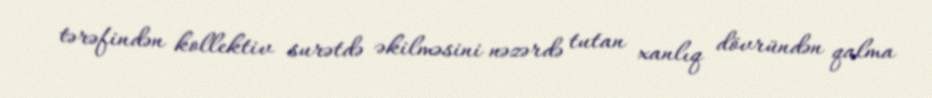
tərəfindən kollektiv surətdə əkilməsini nəzərdə tutan xanlıq dövründən qalma